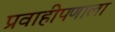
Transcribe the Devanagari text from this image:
प्रवाहीपणाला